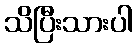
သိပြီးသားပါ